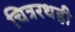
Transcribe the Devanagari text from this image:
चित्ररथही